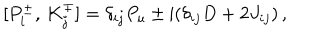
LaTeX: { } [ P _ { i } ^ { \pm } , \, K _ { j } ^ { \mp } ] = \delta _ { i j } P _ { u } \pm \mathrm { i } ( \delta _ { i j } D + 2 J _ { i j } ) \, ,